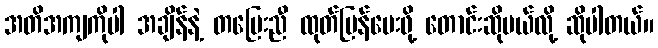
အတိအကျကိုပါ အချိန်နဲ့ တပြေးညီ ထုတ်ပြန်ပေးဖို့ တောင်းဆိုမယ်လို့ ဆိုပါတယ်။